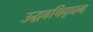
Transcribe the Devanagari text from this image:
उद्धवचिद्‌घन